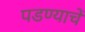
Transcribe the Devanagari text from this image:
पडण्याचें